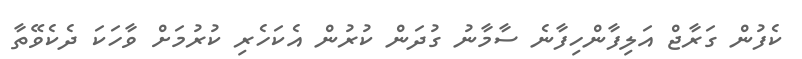
ކެފުން ގަރާޖް އަލިފާންހިފާނެ ސާމާނު ގުދަން ކުރުން އެކަހެރި ކުރުމަށް ވާހަކަ ދެކެވޭތާ